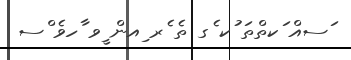
ަސއް ަކތްތަ ުކ ެގ ތެ ެރ ިއން ީވ ާހވެ ްސ